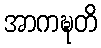
အာကဍ္ဎတိ